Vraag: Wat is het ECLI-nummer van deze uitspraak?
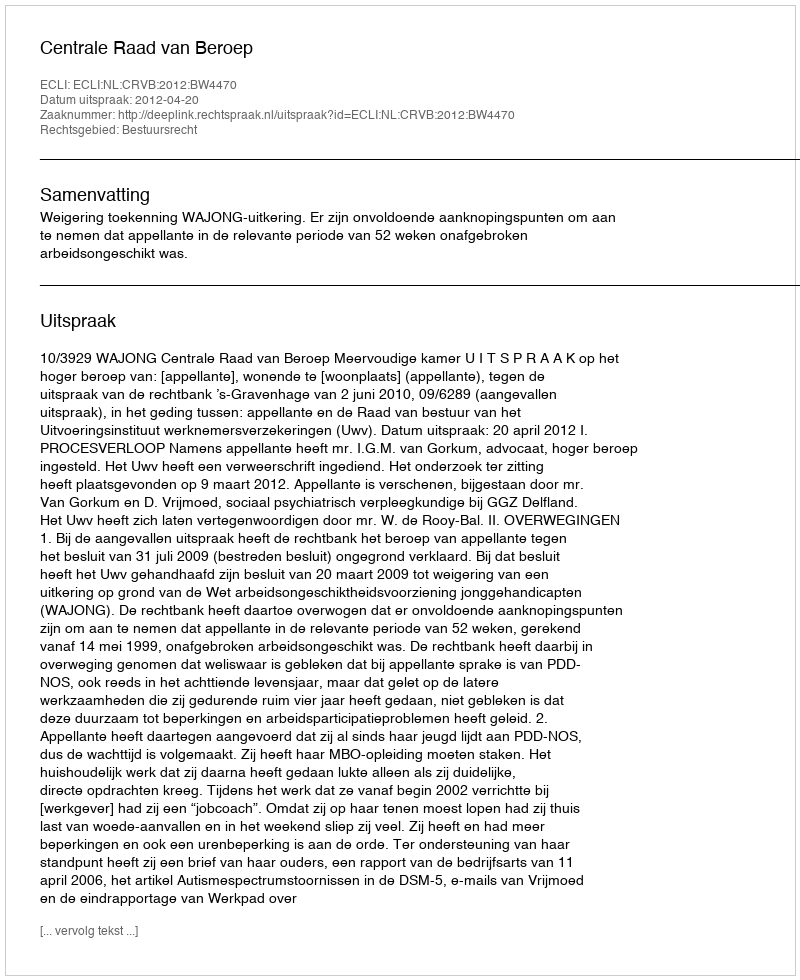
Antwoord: ECLI:NL:CRVB:2012:BW4470